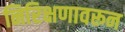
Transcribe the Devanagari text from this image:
निरिक्षणावरून